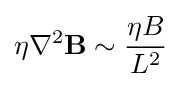
\eta \nabla ^{2}\mathbf {B} \sim {\frac {\eta B}{L^{2}}}